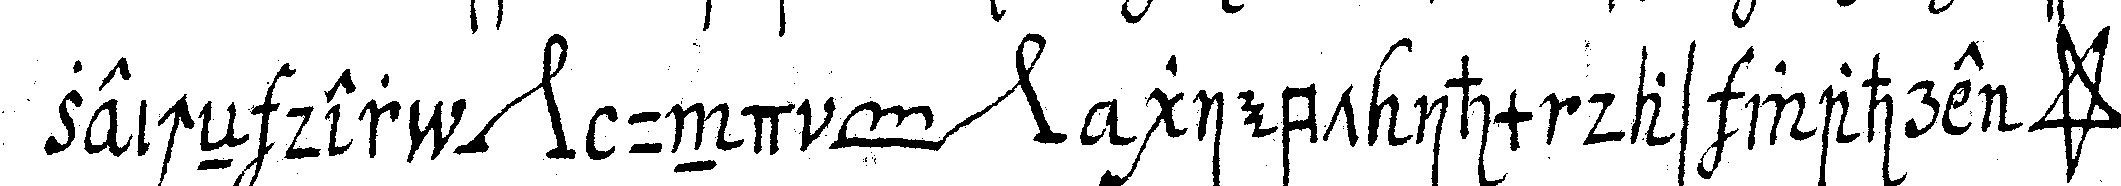
zeicheN der *nee* und *toe* *nee* giebt ihm das wahre *star*